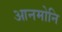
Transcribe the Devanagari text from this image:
आनमोनि